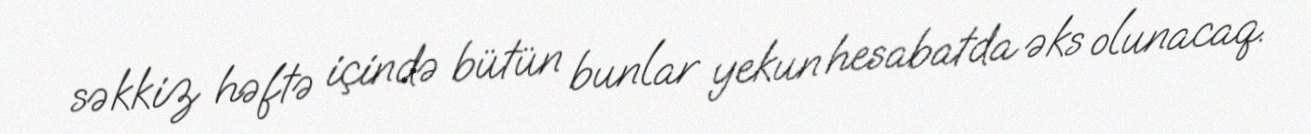
səkkiz həftə içində bütün bunlar yekun hesabatda əks olunacaq.